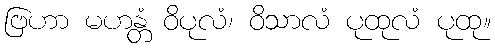
ဗြဟာ မဟန္တံ ဝိပုလံ၊ ဝိသာလံ ပုထုလံ ပုထု။